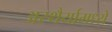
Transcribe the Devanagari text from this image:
अस्थैर्यामध्ये